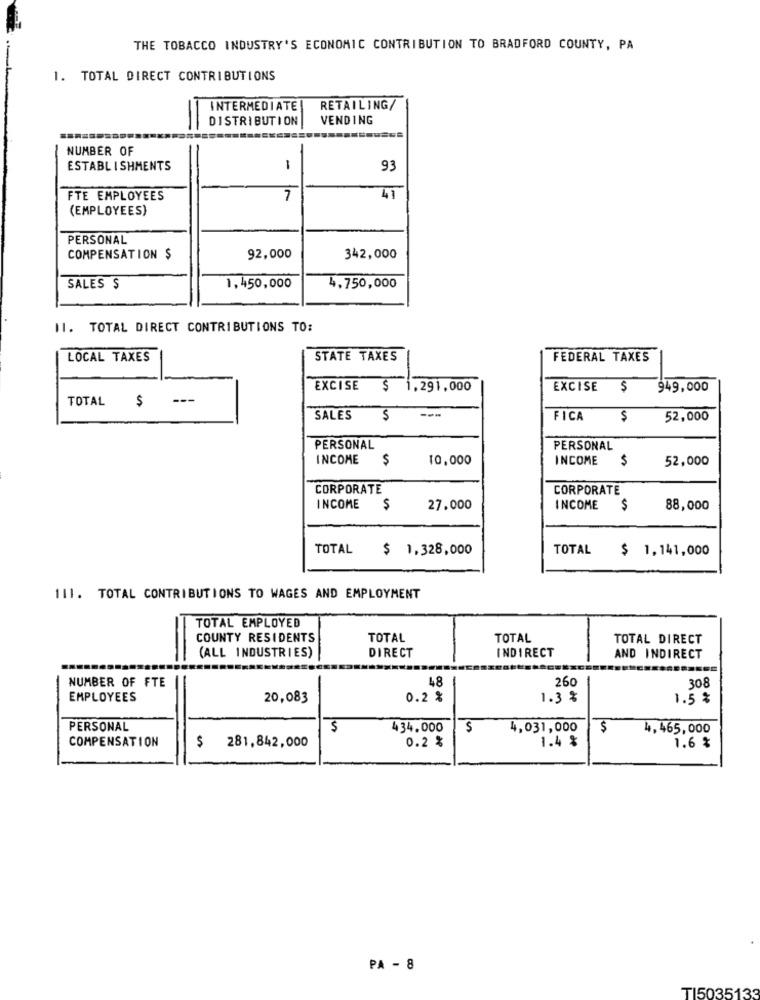
THE TOBACCO INDUSTRY'S ECONOMIC CONTRIBUTION TO BRADFORD COUNTY, PA
1. TOTAL DIRECT CONTRIBUTIONS
INTERMEDIATE
RETAILING/
DISTRIBUTION
VENDING
=
NUMBER OF
ESTABLISHMENTS
1
93
FTE EMPLOYEES
7
41
(EMPLOYEES)
PERSONAL
COMPENSATION $
92,000
342,000
SALES $
1,450,000
4,750,000
11. TOTAL DIRECT CONTRIBUTIONS TO:
LOCAL TAXES
STATE TAXES
FEDERAL TAXES
EXCISE $ 1,291,000
EXCISE $
949,000
TOTAL $
SALES
---
FICA
$
52,000
PERSONAL
PERSONAL
INCOME
$
10,000
INCOME
$
52,000
CORPORATE
CORPORATE
INCOME
$
27.000
INCOME
$
88,000
TOTAL
$ 1,328,000
TOTAL
$ 1,141,000
111. TOTAL CONTRIBUTIONS TO WAGES AND EMPLOYMENT
TOTAL EMPLOYED
COUNTY RESIDENTS
TOTAL
TOTAL
TOTAL DIRECT
INDIRECT
(ALL INDUSTRIES)
DIRECT
AND INDIRECT
NUMBER OF FTE
48
308
260
EMPLOYEES
20,083
0.2 %
1.3 %
1.5 %
PERSONAL
$
434.000
$
4,031,000
$
4,465,000
COMPENSATION
0.2 %
1.4 %
$ 281,842,000
1.6 %
PA - 8
TI5035133